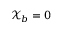
\mathcal { X } _ { b } = 0